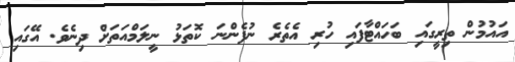
އައުމުން ތިރީގައި ބަހައްޓާފައި ހުރި އެތެރެ ނުފެންނަ ކޮތަޅު ނީލަމްއަތަށް ދިނެވެ. އޭގައި